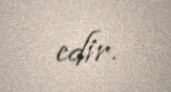
edir.